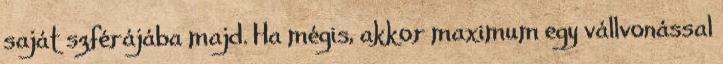
saját szférájába majd. Ha mégis, akkor maximum egy vállvonással